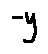
- y